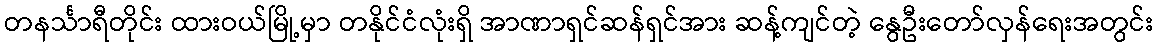
တနင်္သာရီတိုင်း ထားဝယ်မြို့မှာ တနိုင်ငံလုံးရှိ အာဏာရှင်ဆန်ရှင်အား ဆန့်ကျင်တဲ့ နွေဦးတော်လှန်ရေးအတွင်း